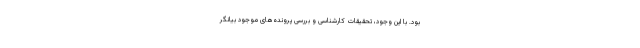
بود. با این وجود، تحقیقات کارشناسی و بررسی پرونده‌های موجود بیانگر